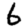
Digit: 6